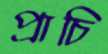
প্রাচি